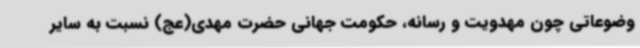
وضوعاتی چون مهدویت و رسانه، حکومت جهانی حضرت مهدی(عج) نسبت به سایر